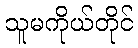
သူမကိုယ်တိုင်